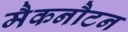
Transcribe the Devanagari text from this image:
मैकनौटन